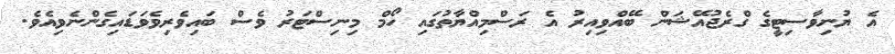
އެ ޔުނިވާސިޓީގެ ގްރެޖުއޭޝަން ބޭއްވިއިރު އެ ރަސްމިއްޔާތުގައި ހޯމް މިނިސްޓަރު ވެސް ބައިވެރިވެވަޑައިގެންނެވިއެވެ.